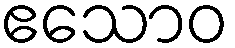
ဧသောဝ